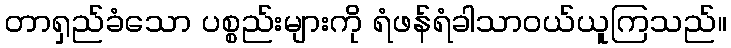
တာရှည်ခံသော ပစ္စည်းများကို ရံဖန်ရံခါသာဝယ်ယူကြသည်။